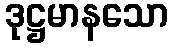
ဒုဋ္ဌမာနသော